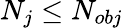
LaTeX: N_{j}\le N_{obj}